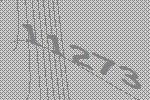
11273